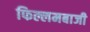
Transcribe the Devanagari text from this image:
फिल्लमबाजी